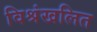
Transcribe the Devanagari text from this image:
विश्रंखलित